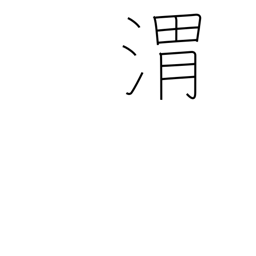
Meaning: name of Chinese river